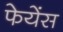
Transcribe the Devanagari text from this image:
फेयेंस